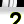
Digit: 2